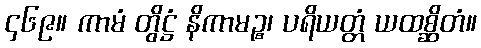
၄၆၉။ ကာမံ တွိဋ္ဌံ နိကာမဉ္စ၊ ပရိယတ္တံ ယထစ္ဆိတံ။